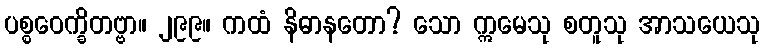
ပစ္စဝေက္ခိတဗ္ဗာ။ ၂၉၉။ ကထံ နိဓာနတော? သော ဣမေသု စတူသု အာသယေသု